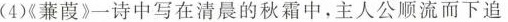
(4)蒹葭》一诗中写在清晨的秋霜中，主人公顺流而下追